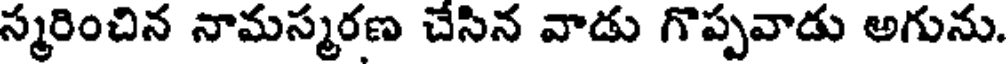
స్మరించిన నామస్మరణ చేసిన వాడు గొప్పవాడు అగును.